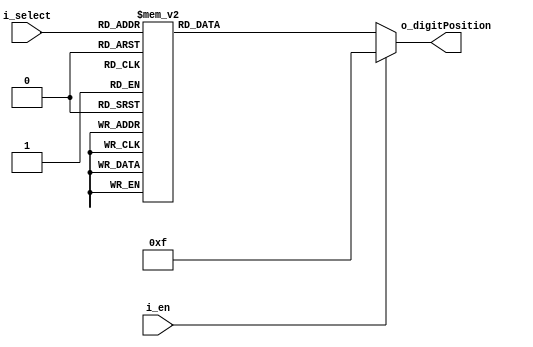
`timescale 1ns / 1ps

module DecoderFNDDigit(
    input [2:0] i_select,
    input i_en,

    output [3:0] o_digitPosition
    );

    reg [3:0] r_digitPosition;
    //reg --> register --> Latch or F/F  memory 

    assign o_digitPosition = r_digitPosition;

    always @(i_select or i_en) begin
        if(i_en) begin
            r_digitPosition <= 4'b1111;
        end
        else begin
        case (i_select)
            3'h0 : r_digitPosition <= 4'b1110;
            3'h1 : r_digitPosition <= 4'b1101;
            3'h2 : r_digitPosition <= 4'b1011;
            3'h3 : r_digitPosition <= 4'b0111;
            3'h4 : r_digitPosition <= 4'b1110;
            3'h5 : r_digitPosition <= 4'b1101;
            3'h6 : r_digitPosition <= 4'b1011;
            3'h7 : r_digitPosition <= 4'b0111;
        endcase
        end
    end
endmodule